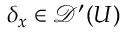
\delta _ { x } \in { \mathcal { D } } ^ { \prime } ( U )